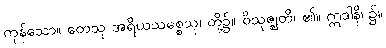
ကုန်သော။ တေသု အရိယသစ္စေသု၊ တို့၌။ ဝိသုဇ္ဈတိ၊ ၏။ ဣဒါနိ၊ ၌။